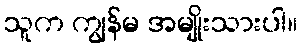
သူက ကျွန်မ အမျိုးသားပါ။